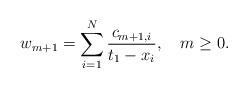
LaTeX: \begin{align*}w_{m+1}=\sum_{i=1}^N{c_{m+1,i}\over t_1-x_i},\quad m\ge0.\end{align*}